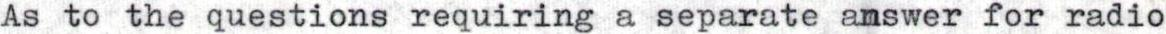
As to the questions requiring a separate answer for radio